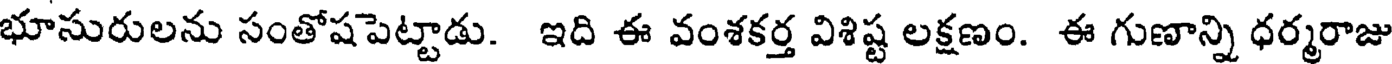
భూసురులను సంతోషపెట్టాడు. ఇది ఈ వంశకర్త విశిష్ట లక్షణం. ఈ గుణాన్ని ధర్మరాజు